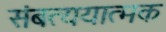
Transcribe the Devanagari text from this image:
संबत्ययात्मक